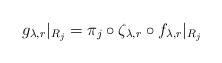
LaTeX: \begin{align*}g_{\lambda,r}|_{R_j} =\pi_j\circ \zeta_{\lambda, r} \circ f_{\lambda,r}|_{R_j}\end{align*}